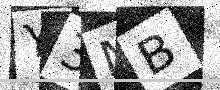
Text: Y3MB